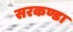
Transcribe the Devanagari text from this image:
सरकण्डा